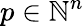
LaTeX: p\in\mathbb{N}^{n}